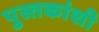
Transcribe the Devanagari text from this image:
पुस्तकांशी